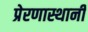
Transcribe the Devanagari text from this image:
प्रेरणास्थानी